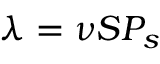
\lambda = \nu S P _ { s }